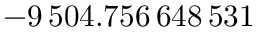
- 9 \, 5 0 4 . 7 5 6 \, 6 4 8 \, 5 3 1